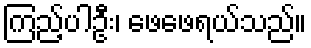
ကြည့်ပါဦး၊ ဖေဖေရယ်သည်။